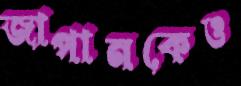
জাপানকেও